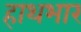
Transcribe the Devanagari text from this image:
हाथभार